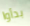
بدأوا